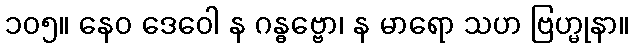
၁၀၅။ နေဝ ဒေဝေါ န ဂန္ဓဗ္ဗော၊ န မာရော သဟ ဗြဟ္မုနာ။